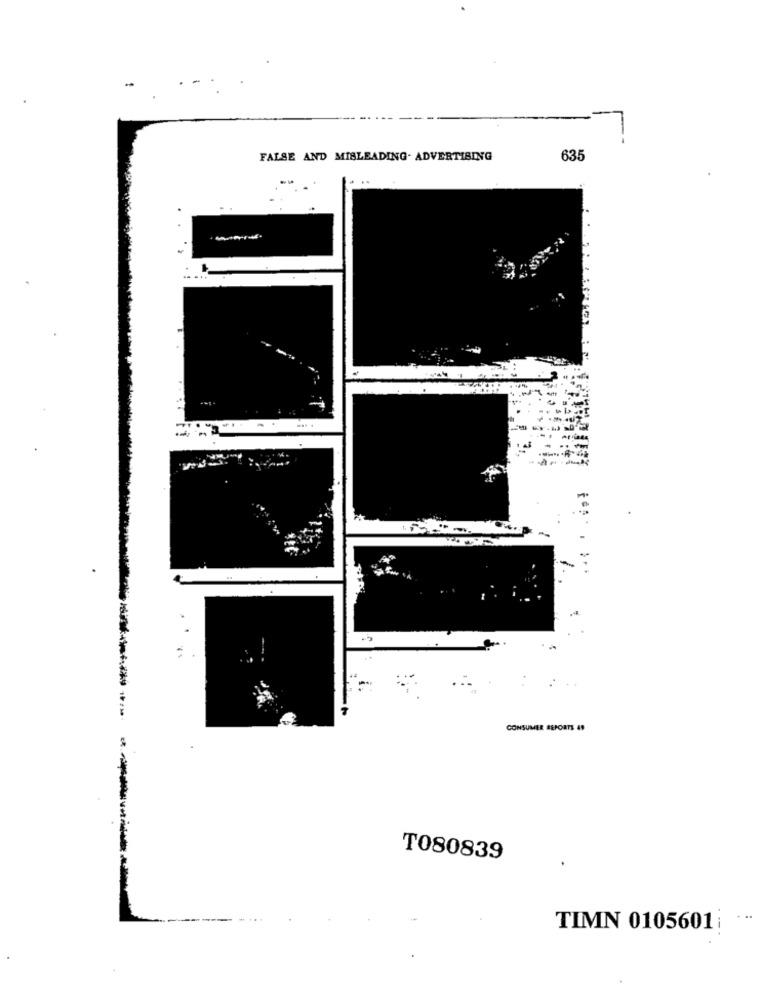
FALSE AND MISLEADING- ADVERTISING
635
.. ..
CONSUMER REPORTS 49
T080839
TIMN 0105601 ;